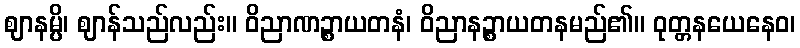
ဈာနမ္ပိ၊ ဈာန်သည်လည်း။ ဝိညာဏဉ္စာယတနံ၊ ဝိညာနဉ္စာယတနမည်၏။ ဝုတ္တနယေနေဝ၊